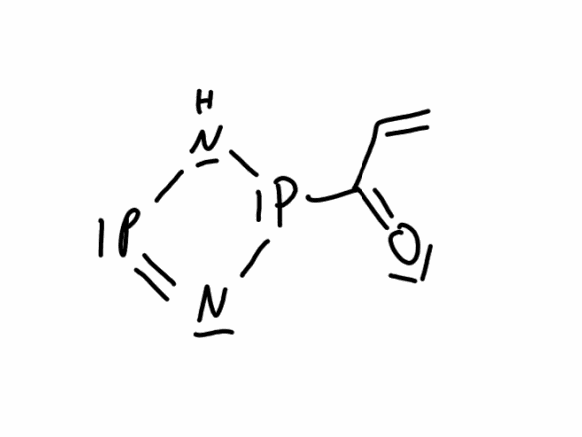
Simplified molecular-input line-entry system (SMILES) notation of the given molecule:
C=CC(=O)P1NP=N1